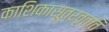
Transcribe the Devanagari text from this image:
काशिकासूत्रवृत्ति